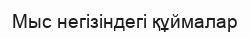
Мыс негізіндегі құймалар